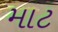
માટ